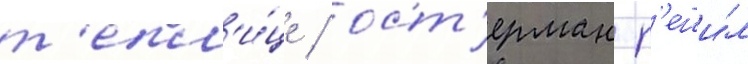
т'епл'и́це / ост'ерман р'еши́л